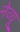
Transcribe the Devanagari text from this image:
नेव्यू